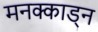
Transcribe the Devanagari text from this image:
मनक्काड्न